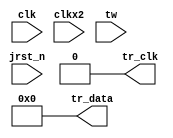
module ddr3_s4_uniphy_p0_qsys_sequencer_cpu_inst_nios2_oci_pib (
                                                                  clk,
                                                                  clkx2,
                                                                  jrst_n,
                                                                  tw,
                                                                  tr_clk,
                                                                  tr_data
                                                               )
;
  output           tr_clk;
  output  [ 17: 0] tr_data;
  input            clk;
  input            clkx2;
  input            jrst_n;
  input   [ 35: 0] tw;
  wire             phase;
  wire             tr_clk;
  reg              tr_clk_reg ;
  wire    [ 17: 0] tr_data;
  reg     [ 17: 0] tr_data_reg ;
  reg              x1 ;
  reg              x2 ;
  assign phase = x1^x2;
  always @(posedge clk or negedge jrst_n)
    begin
      if (jrst_n == 0)
          x1 <= 0;
      else 
        x1 <= ~x1;
    end
  always @(posedge clkx2 or negedge jrst_n)
    begin
      if (jrst_n == 0)
        begin
          x2 <= 0;
          tr_clk_reg <= 0;
          tr_data_reg <= 0;
        end
      else 
        begin
          x2 <= x1;
          tr_clk_reg <= ~phase;
          tr_data_reg <= phase ?   tw[17 : 0] :   tw[35 : 18];
        end
    end
  assign tr_clk = 0 ? tr_clk_reg : 0;
  assign tr_data = 0 ? tr_data_reg : 0;
endmodule